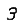
Digit: 3